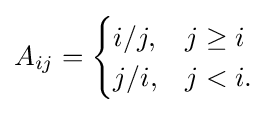
A_{ij}={\begin{cases}i/j,&j\geq i\\j/i,&j<i.\end{cases}}